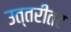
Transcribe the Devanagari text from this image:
उत्तरीतट